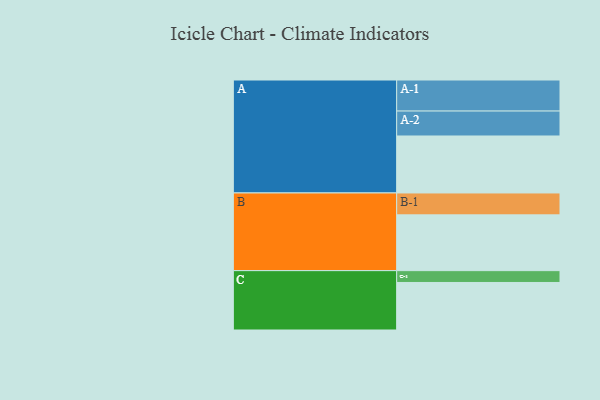
{"axis": {"x": "Segment", "y": "Value"}, "legend": ["", "A", "B", "C"], "data": [{"x": "A", "y": 525, "type": ""}, {"x": "B", "y": 514, "type": ""}, {"x": "C", "y": 438, "type": ""}, {"x": "A-1", "y": 286, "type": "A"}, {"x": "A-2", "y": 230, "type": "A"}, {"x": "B-1", "y": 202, "type": "B"}, {"x": "C-1", "y": 109, "type": "C"}]}